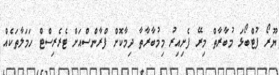
ޔޫރޯ ފުޓްބޯޅަ މުބާރާތް މިރޭ ފެށިއިރު މިމުބާރާތާ ދިމާކޮށް ފްރާންސްއަށް ޓެރެރިސްޓް ހަމަލާތަކެއް